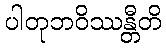
ပါတုဘဝိဿန္တီတိ